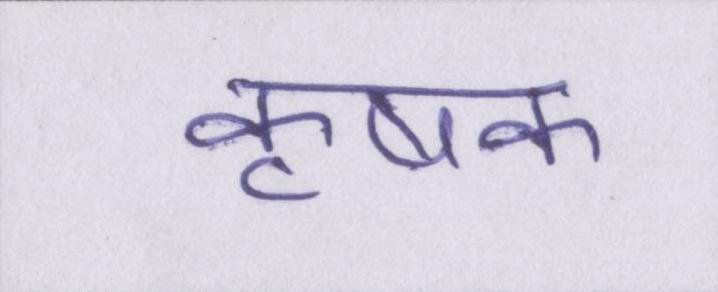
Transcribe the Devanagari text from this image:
कृषक